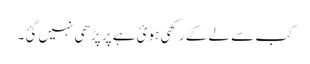
کب سے لے کے رکھی ہوئ ہے پر پڑھی نہیں گئ۔